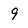
Character: 9